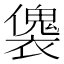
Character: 𧝛